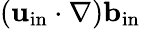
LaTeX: ({\mathbf{u}}_{\mathrm{{in}}}\cdot\nabla){\mathbf{b}}_{\mathrm{{in}}}